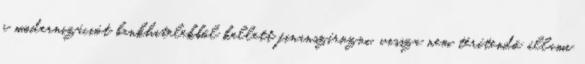
a modernizációt bankhitelekből kellett finanszírozni, vissza nem térítendő állami